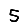
Digit: 5